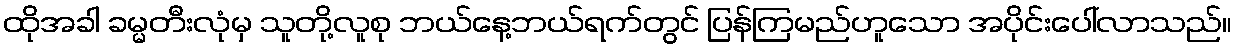
ထိုအခါ ခမ္မတီးလုံမှ သူတို့လူစု ဘယ်နေ့ဘယ်ရက်တွင် ပြန်ကြမည်ဟူသော အပိုင်းပေါ်လာသည်။